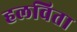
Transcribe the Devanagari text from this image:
हलविता